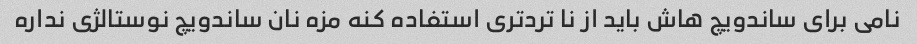
نامی برای ساندویچ هاش باید از نا ترد‌تری استفاده کنه مزه نان ساندویچ نوستالژی نداره